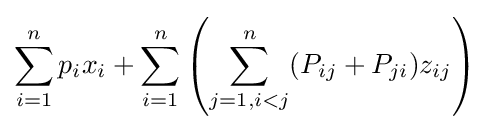
\sum _{i=1}^{n}p_{i}x_{i}+\sum _{i=1}^{n}\left(\sum _{j=1,i<j}^{n}(P_{ij}+P_{ji})z_{ij}\right)